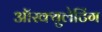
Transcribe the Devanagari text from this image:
ऑस्क्युलेटिंग